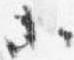
等